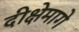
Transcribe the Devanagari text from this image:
दीक्षेमागे